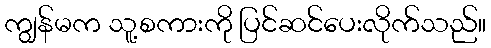
ကျွန်မက သူ့စကားကို ပြင်ဆင်ပေးလိုက်သည်။